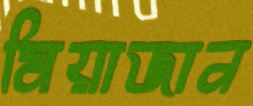
মিয়াজান